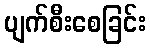
ပျက်စီးစေခြင်း